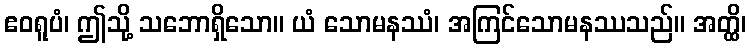
ဧဝရူပံ၊ ဤသို့ သဘောရှိသော။ ယံ သောမနဿံ၊ အကြင်သောမနဿသည်။ အတ္ထိ၊